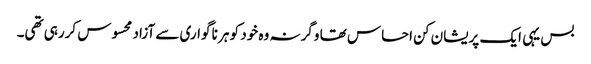
بس یہی ایک پریشان کن احساس تھا وگرنہ وہ خود کو ہر نا گواری سے آزاد محسوس کررہی تھی۔